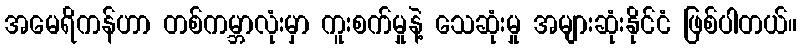
အမေရိကန်ဟာ တစ်ကမ္ဘာလုံးမှာ ကူးစက်မှုနဲ့ သေဆုံးမှု အများဆုံးနိုင်ငံ ဖြစ်ပါတယ်။